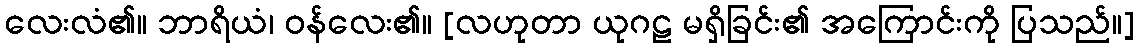
လေးလံ၏။ ဘာရိယံ၊ ဝန်လေး၏။ [လဟုတာ ယုဂဠ မရှိခြင်း၏ အကြောင်းကို ပြသည်။]